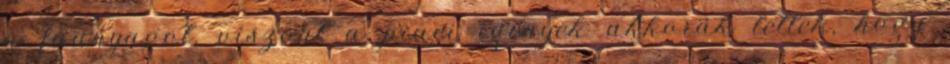
a faanyagot, viszont a piaci igények akkorák lettek, hogy